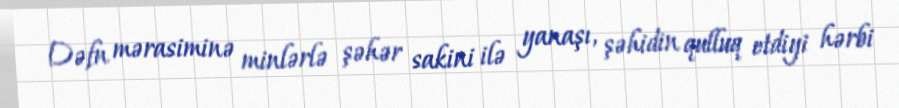
Dəfn mərasiminə minlərlə şəhər sakini ilə yanaşı, şəhidin qulluq etdiyi hərbi